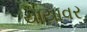
યાયાવર